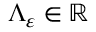
\Lambda _ { \ensuremath { \varepsilon } } \in \mathbb { R }